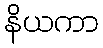
နိယကာ